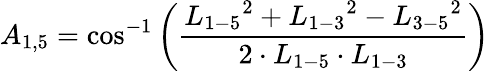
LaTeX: {A_{1,5}}=\cos^{-1}\left(\frac{{L_{1-5}}^{2}+{L_{1-3}}^{2}-{L_{3-5}}^{2}}{2\cdot{L_{1-5}}\cdot{L_{1-3}}}\right)